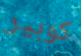
كوبير